Report on certain features of malaria in the island of Salsette
Disease focus: Malaria
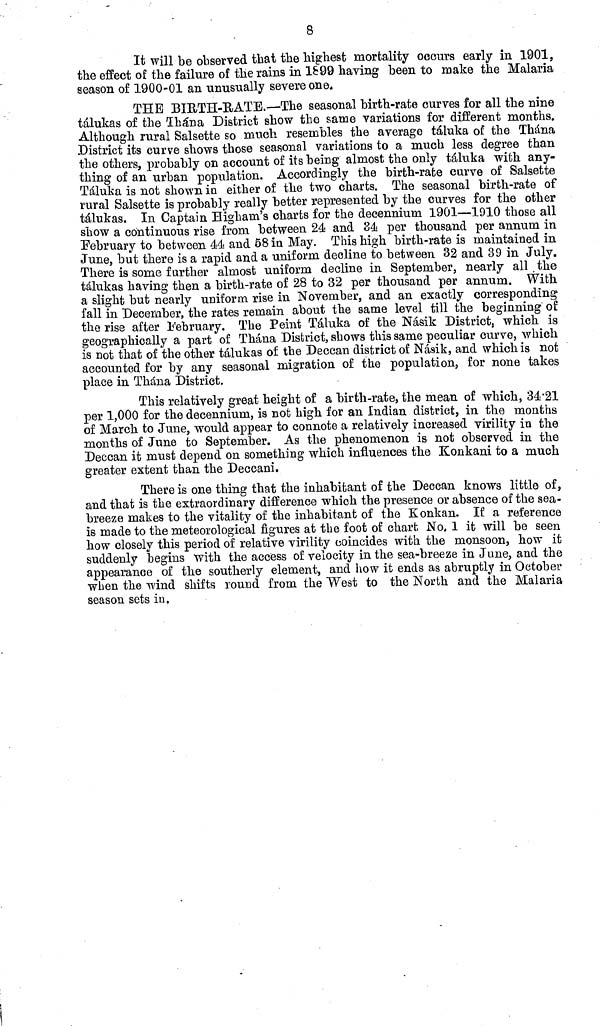
8
It will be observed that the highest mortality occurs early in 1901,
the effect of the failure of the rains in 1899 haying been to make the Malaria
season of 1900-01 an unusually severe one.
THE BIETH-RATE.—The seasonal birth-rate curves for all the nine
tálukas of the Thána District show the same variations for different months.
Although rural Salsette so much resembles the average táluka of the Thána
District its curve shows those seasonal variations to a much less degree than
the others, probably on account of its being almost the only táluka with any-
thing of an urban population. Accordingly the birth-rate curve of Salsette
Táluka is not shown in either of the two charts. The seasonal birth-rate of
rural Salsette is probably really better represented by the curves for the other
tálukas. In Captain Higham's charts for the decennium 1901—1910 those all
show a continuous rise from between 24 and 84 per thousand per annum in
February to between 44 and 68 in May. This high birth-rate is maintained in
June, but there is a rapid and a uniform decline to between 32 and 39 in July.
There is some further almost uniform decline in September, nearly all. the
tálukas having then a birth-rate of 28 to 32 pep thousand per annum. With
a slight but nearly uniform rise in November, and an exactly corresponding
fall in December, the rates remain about the same level till the beginning of
the rise after February. The Peint Táluka of the Násik District, which is
geographically a part of Thána District, shows this same peculiar curve, which
is not that of the other tálukas of the Deccan district of Násik, and which is not
accounted for by any seasonal migration of the population, for none takes
place in Thána District.
This relatively great height of a birth-rate, the mean of which, 34•21
per 1,000 for the decennium, is not high for an Indian district, in the months
of March to June, would appear to connote a relatively increased virility in the
months of June to September. As the phenomenon is not observed in the
Deccan it must depend on something which influences the Konkani to a much
greater extent than the Deccani.
There is one thing that the inhabitant of the Deccan knows little of,
and that is the extraordinary difference which the presence or absence of the sea-
breeze makes to the vitality of the inhabitant of the Konkan. If a reference
is made to the meteorological figures at the foot of chart No, 1 it will be seen
how closely this period of relative virility coincides with the monsoon, how it
suddenly begins with the access of velocity in the sea-breeze in June, and the
appearance of the southerly element, and how it ends as abruptly in October
when the wind shifts round from the West to the North and the Malaria
season sets in.